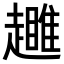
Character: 𧾕